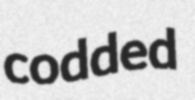
codded